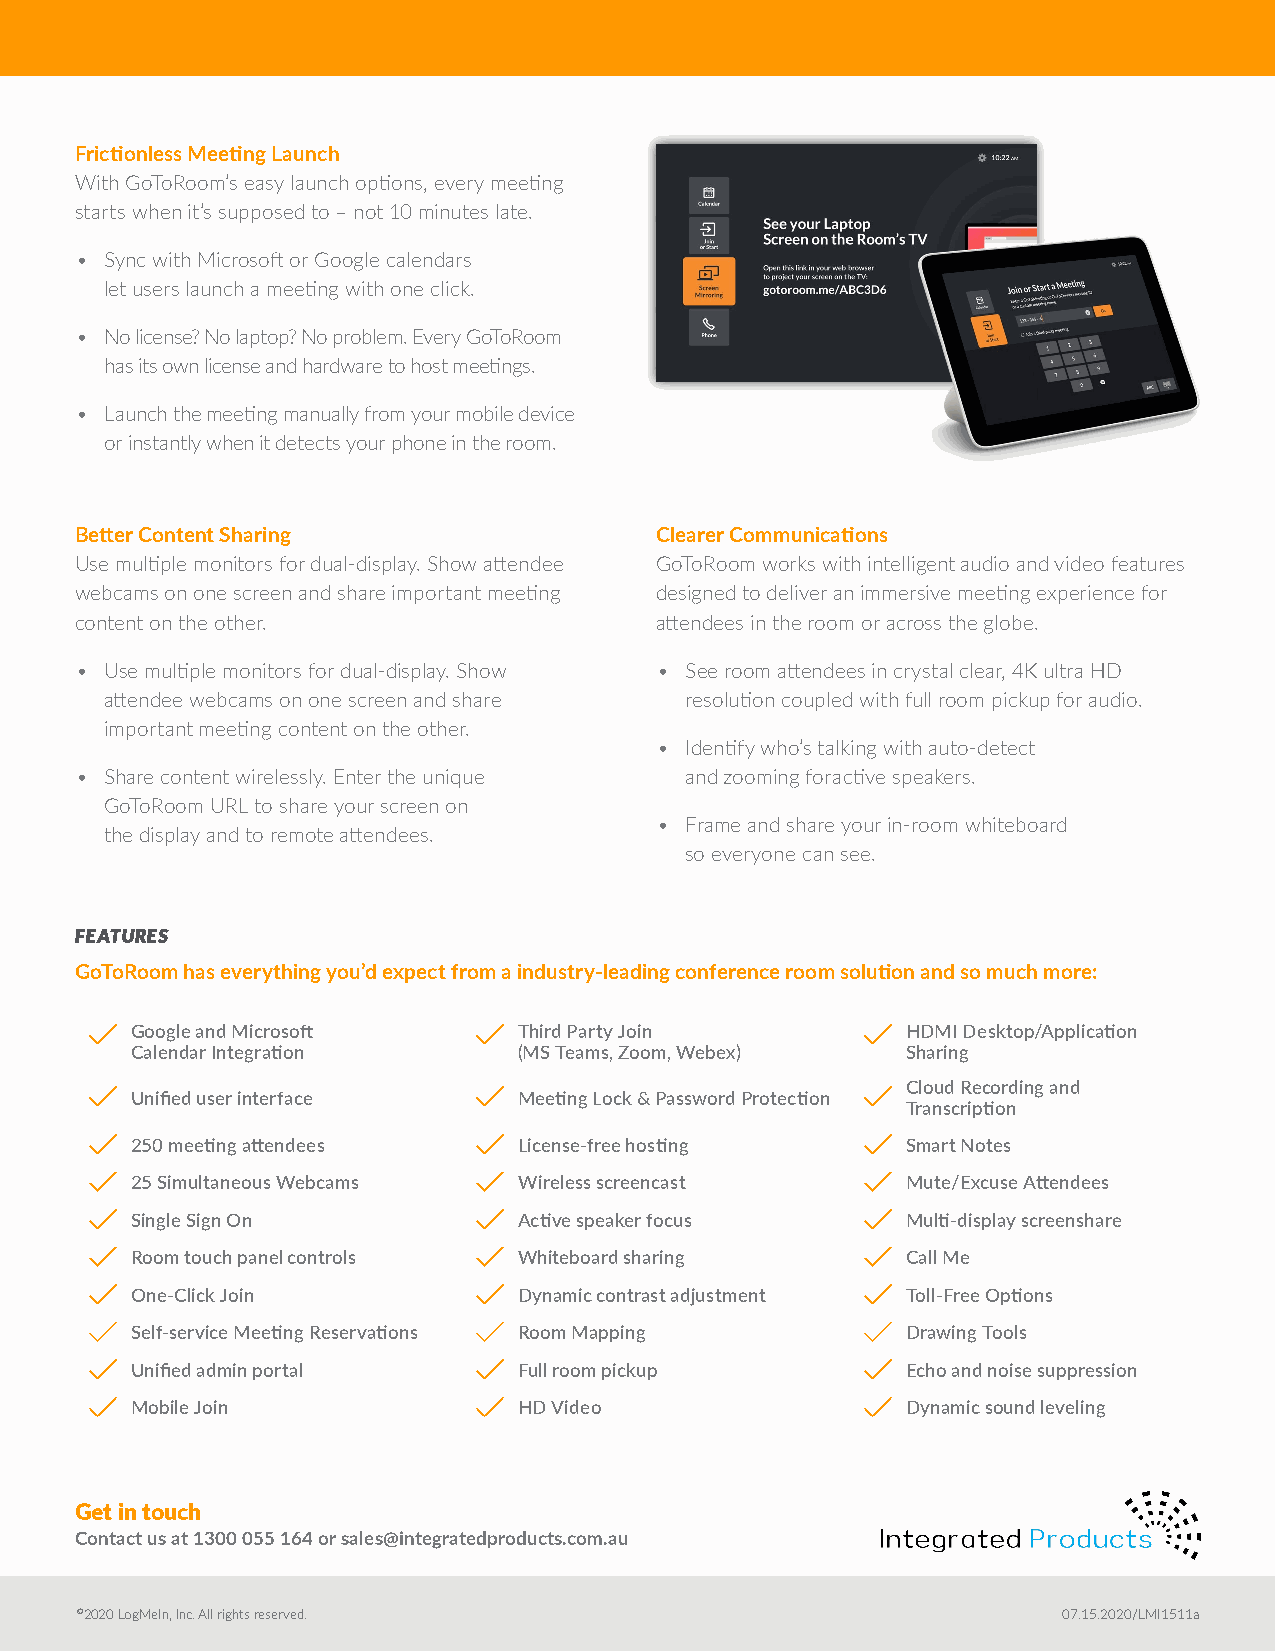
Frictionless Meeting Launch
 With GoToRoom’s easy launch options, every meeting
 starts when it’s supposed to – not 10 minutes late.
 • Sync with Microsoft or Google calendars
 let users launch a meeting with one click.
 • No license? No laptop? No problem. Every GoToRoom
 has its own license and hardware to host meetings.
 • Launch the meeting manually from your mobile device
 or instantly when it detects your phone in the room.
 Better Content Sharing                Clearer Communications
 Use multiple monitors for dual-display. Show attendee GoToRoom works with intelligent audio and video features
 webcams on one screen and share important meeting designed to deliver an immersive meeting experience for
 content on the other.                 attendees in the room or across the globe.
 • Use multiple monitors for dual-display. Show • See room attendees in crystal clear, 4K ultra HD
 attendee webcams on one screen and share resolution coupled with full room pickup for audio.
 important meeting content on the other.
 • Identify who’s talking with auto-detect
 • Share content wirelessly. Enter the unique and zooming foractive speakers.
 GoToRoom URL to share your screen on
 • Frame and share your in-room whiteboard
 the display and to remote attendees.
 so everyone can see.
 FEATURES
 GoToRoom has everything you’d expect from a industry-leading conference room solution and so much more:
 Google and Microsoft     Third Party Join          HDMI Desktop/Application
 Calendar Integration     (MS Teams, Zoom, Webex)   Sharing
 Cloud Recording and
 Unified user interface   Meeting Lock & Password Protection
 Transcription
 250 meeting attendees    License-free hosting      Smart Notes
 25 Simultaneous Webcams  Wireless screencast       Mute/Excuse Attendees
 Single Sign On           Active speaker focus      Multi-display screenshare
 Room touch panel controls Whiteboard sharing       Call Me
 One-Click Join           Dynamic contrast adjustment Toll-Free Options
 Self-service Meeting Reservations Room Mapping     Drawing Tools
 Unified admin portal     Full room pickup          Echo and noise suppression
 Mobile Join              HD Video                  Dynamic sound leveling
 Get in touch
 Contact us at 1300 055 164 or sales@integratedproducts.com.au
 ©2020 LogMeIn, Inc. All rights reserved.                         07.15.2020/LMI1511a